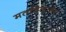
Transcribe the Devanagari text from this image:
मतविलासम